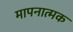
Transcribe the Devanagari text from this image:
मापनात्मक